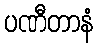
ပဏီတာနံ